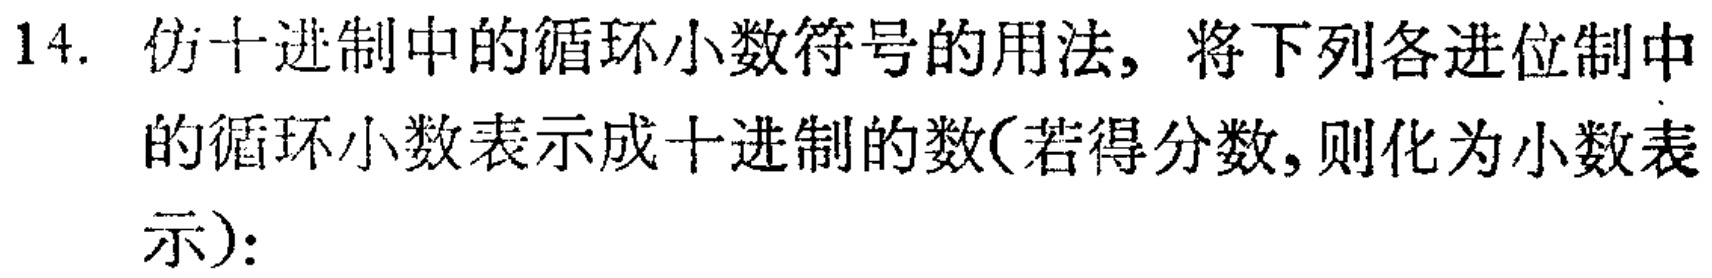
14. 仿十进制中的循环小数符号的用法，将下列各进位制中的循环小数表示成十进制的数(若得分数，则化为小数表示)：